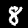
Label: 8